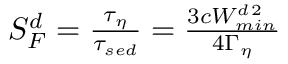
\begin{array} { r } { S _ { F } ^ { d } = \frac { \tau _ { \eta } } { \tau _ { s e d } } = \frac { 3 c W _ { m i n } ^ { d \, 2 } } { 4 \Gamma _ { \eta } } } \end{array}